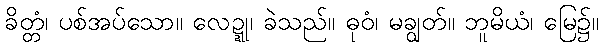
ခိတ္တံ၊ ပစ်အပ်သော။ လေဍ္ဍု၊ ခဲသည်။ ဓုဝံ၊ မချွတ်။ ဘူမိယံ၊ မြေ၌။